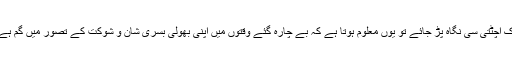
اک اچٹتی سی نگاہ پڑ جائے تو یوں معلوم ہوتا ہے کہ بے چارہ گئے وقتوں میں اپنی بھولی بسری شان و شوکت کے تصور میں گم ہے۔